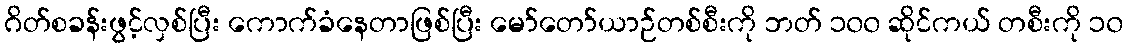
ဂိတ်စခန်းဖွင့်လှစ်ပြီး ကောက်ခံနေတာဖြစ်ပြီး မော်တော်ယာဉ်တစ်စီးကို ဘတ် ၁၀၀ ဆိုင်ကယ် တစီးကို ၁၀